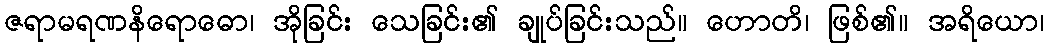
ဇရာမရဏနိရောဓော၊ အိုခြင်း သေခြင်း၏ ချုပ်ခြင်းသည်။ ဟောတိ၊ ဖြစ်၏။ အရိယော၊